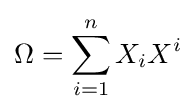
\Omega =\sum _{i=1}^{n}X_{i}X^{i}